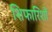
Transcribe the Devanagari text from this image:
शिफारिशों